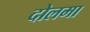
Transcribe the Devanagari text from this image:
दोलमा